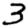
Digit: 3